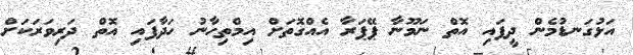
އަޅުގަނޑުމެން ދީފައި އޮތް ނަމޫނާ ޕޭޕަރާ އެއްގޮތަށް އިމްތިހާނު ހަދާފައި އޮތް ދަރިވަރަކަށް